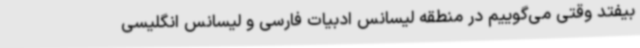
بیفتد وقتی می‌گوییم در منطقه لیسانس ادبیات فارسی و لیسانس انگلیسی